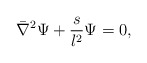
\begin{align*}\bar \nabla^2 \Psi + { s \over l^2} \Psi = 0,\end{align*}